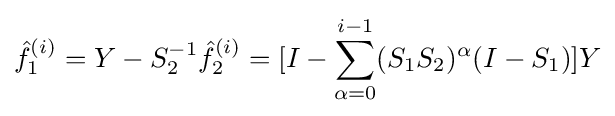
{\hat {f}}_{1}^{(i)}=Y-S_{2}^{-1}{\hat {f}}_{2}^{(i)}=[I-\sum _{\alpha =0}^{i-1}(S_{1}S_{2})^{\alpha }(I-S_{1})]Y